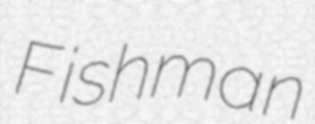
Fishman